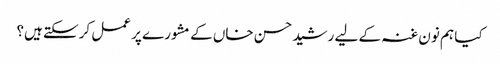
کیا ہم نون غنہ کے لیے رشید حسن خاں کے مشورے پر عمل کرسکتے ہیں؟